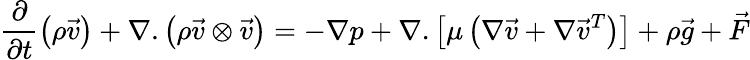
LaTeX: \frac{\partial}{\partial{t}}\left(\rho\vec{v}\right)+\nabla.\left(\rho\vec{v}\otimes\vec{v}\right)=-\nabla{p}+\nabla.\left[\mu\left(\nabla\vec{v}+\nabla{\vec{v}}^{T}\right)\right]+\rho\vec{g}+\vec{F}